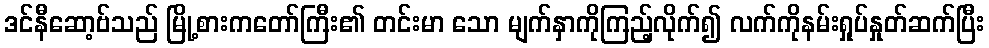
ဒင်နီဆော့ဗ်သည် မြို့စားကတော်ကြီး၏ တင်းမာ သော မျက်နှာကိုကြည့်လိုက်၍ လက်ကိုနမ်းရှုပ်နှုတ်ဆက်ပြီး